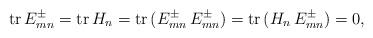
LaTeX: \begin{align*}{\rm tr}\,E^\pm_{mn}={\rm tr}\,H_n={\rm tr}\,(E^\pm_{mn}\,E^\pm_{mn})={\rm tr}\,(H_n\,E^\pm_{mn})=0,\end{align*}